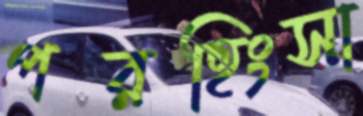
পরহিংসা